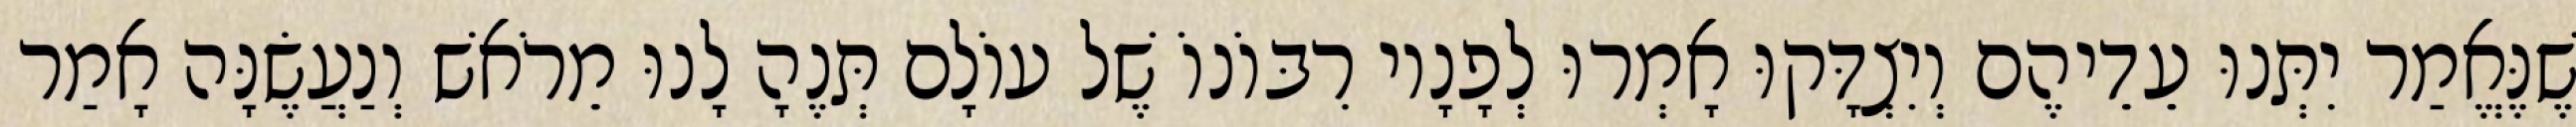
שֶׁנֶּאֱמַר יִתְּנוּ עֵדֵיהֶם וְיִצְדָּקוּ אָמְרוּ לְפָנָיו רִבּוֹנוֹ שֶׁל עוֹלָם תְּנֶהָ לָנוּ מֵרֹאשׁ וְנַעֲשֶׂנָּה אָמַר